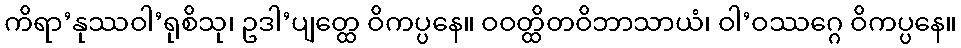
ကိရာ’နုဿဝါ’ရုစိသု၊ ဥဒါ’ပျတ္ထေ ဝိကပ္ပနေ။ ဝဝတ္ထိတဝိဘာသာယံ၊ ဝါ’ဝဿဂ္ဂေ ဝိကပ္ပနေ။